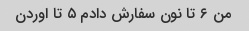
من ۶ تا نون سفارش دادم ۵ تا اوردن